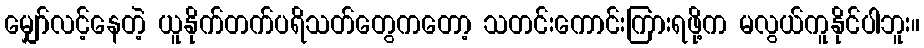
မျှော်လင့်နေတဲ့ ယူနိုက်တက်ပရိသတ်တွေကတော့ သတင်းကောင်းကြားရဖို့က မလွယ်ကူနိုင်ပါဘူး။